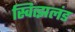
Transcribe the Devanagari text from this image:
स्वित्झलंड